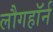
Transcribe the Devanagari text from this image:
लौगहॉर्न